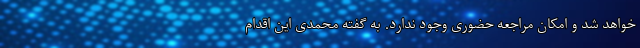
خواهد شد و امکان مراجعه حضوری وجود ندارد. به گفته محمدی این اقدام